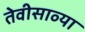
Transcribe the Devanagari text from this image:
तेवीसाव्‍या